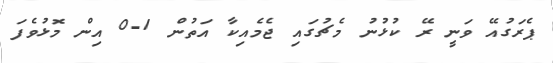
ޕެރަގުއޭ ވަނީ ރޭ ކުޅުުނު މެޗުގައި ޖެމެއިކާ އަތުން 1-0 އިން މޮޅުވެފަ